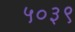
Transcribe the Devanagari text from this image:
५०३९